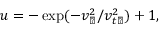
\begin{array} { r } { u = - \exp ( - { v _ { \perp } ^ { 2 } } / { v _ { t \perp } ^ { 2 } } ) + 1 , } \end{array}